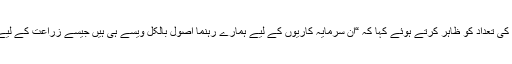
گیٹس نے پیشرفت کو واضح کرنے کے لیے کامیابیوں کی تعداد کو ظاہر کرتے ہوئے کہا کہ “ان سرمایہ کاریوں کے لیے ہمارے رہنما اصول بالکل ویسے ہی ہیں جیسے زراعت کے لیے: جدت طرازی لازم ہے، اور مساوات حتمی ہدف ہے۔